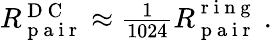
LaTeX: \begin{array}{r}{R_{\mathrm{~p~a~i~r~}}^{\mathrm{~D~C~}}\approx\frac{1}{1024}R_{\mathrm{~p~a~i~r~}}^{\mathrm{~r~i~n~g~}}\ .}\end{array}